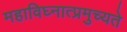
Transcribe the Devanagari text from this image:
महाविघ्नात्प्रमुच्यते